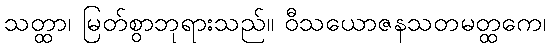
သတ္ထာ၊ မြတ်စွာဘုရားသည်။ ဝီသယောဇနသတမတ္ထကေ၊